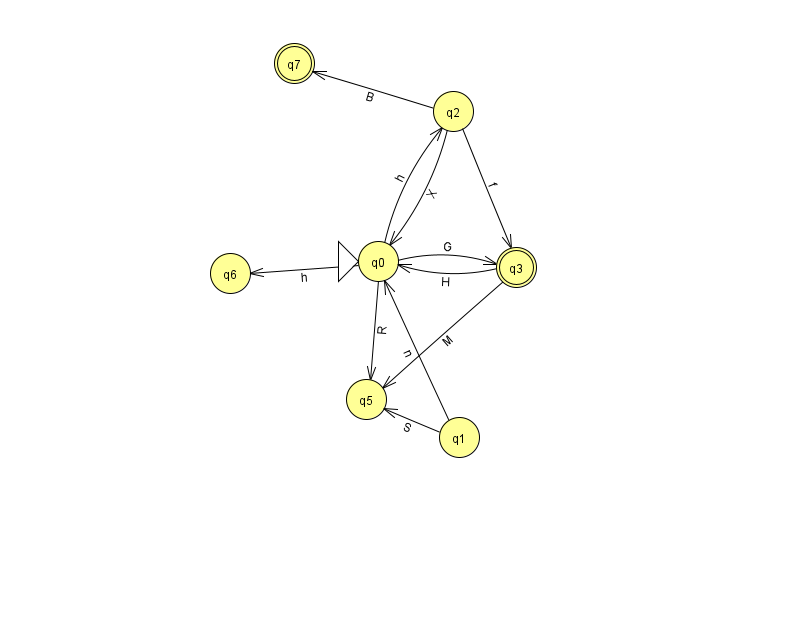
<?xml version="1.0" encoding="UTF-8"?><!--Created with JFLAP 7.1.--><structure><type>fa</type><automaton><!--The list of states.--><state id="0" name="q0"><x>378.0</x><y>248.0</y><initial/></state><state id="1" name="q1"><x>459.0</x><y>424.0</y></state><state id="2" name="q2"><x>453.0</x><y>98.0</y></state><state id="3" name="q3"><x>516.0</x><y>254.0</y><final/></state><state id="5" name="q5"><x>366.0</x><y>386.0</y></state><state id="6" name="q6"><x>230.0</x><y>260.0</y></state><state id="7" name="q7"><x>294.0</x><y>50.0</y><final/></state><!--The list of transitions.--><transition><from>0</from><to>2</to><read>h</read></transition><transition><from>2</from><to>0</to><read>X</read></transition><transition><from>2</from><to>7</to><read>B</read></transition><transition><from>3</from><to>5</to><read>M</read></transition><transition><from>0</from><to>3</to><read>G</read></transition><transition><from>0</from><to>6</to><read>h</read></transition><transition><from>1</from><to>5</to><read>S</read></transition><transition><from>3</from><to>0</to><read>H</read></transition><transition><from>1</from><to>0</to><read>n</read></transition><transition><from>0</from><to>5</to><read>R</read></transition><transition><from>2</from><to>3</to><read>f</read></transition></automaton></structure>